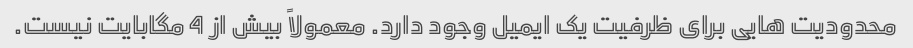
محدودیت هایی برای ظرفیت یک ایمیل وجود دارد. معمولاً بیش از 4 مگابایت نیست.